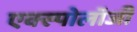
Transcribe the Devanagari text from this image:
एक्स्पोलॉजी